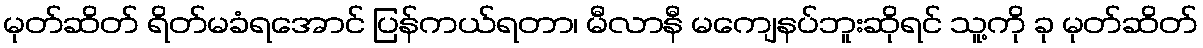
မုတ်ဆိတ် ရိတ်မခံရအောင် ပြန်ကယ်ရတာ၊ မီလာနီ မကျေနပ်ဘူးဆိုရင် သူ့ကို ခု မုတ်ဆိတ်